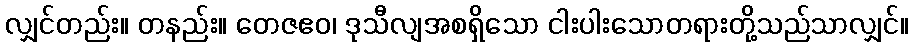
လျှင်တည်း။ တနည်း။ တေဇဧဝ၊ ဒုသီလျအစရှိသော ငါးပါးသောတရားတို့သည်သာလျှင်။